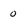
Character: 0